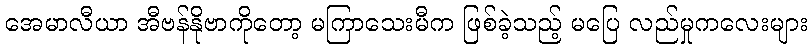
အေမာလီယာ အီဗန်နိုဗာကိုတော့ မကြာသေးမီက ဖြစ်ခဲ့သည့် မပြေ လည်မှုကလေးများ